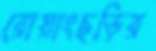
রোয়াংছড়ির